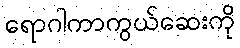
ရောဂါကာကွယ်ဆေးကို